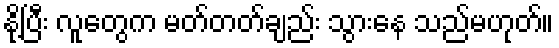
နို့ပြီး လူတွေက မတ်တတ်ချည်း သွားနေ သည်မဟုတ်။